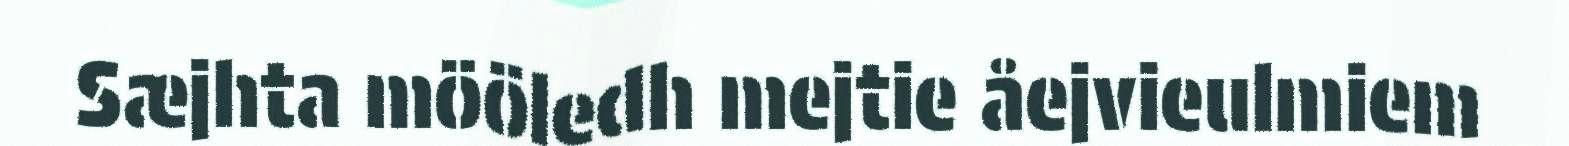
Sæjhta mööledh mejtie åejvieulmiem